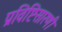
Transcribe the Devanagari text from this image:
प्रविष्टिसारणी